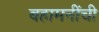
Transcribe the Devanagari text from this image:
बहामनींची